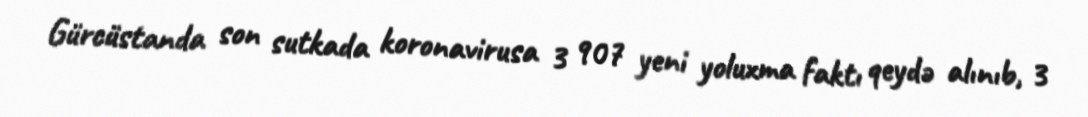
Gürcüstanda son sutkada koronavirusa 3 907 yeni yoluxma faktı qeydə alınıb, 3